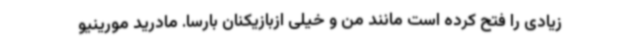
زیادی را فتح کرده است مانند من و خیلی ازبازیکنان بارسا. مادرید مورینیو